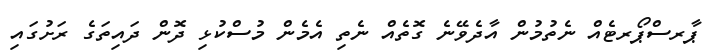
ޕާރސްޕޯރޓެއް ނެތުމުން އާދެވޭނެ ގޮތެއް ނެތި އެމެން މުސްކުޅި ދޮން ދައިތަގެ ރަށުގައި